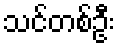
သင်တစ်ဦး